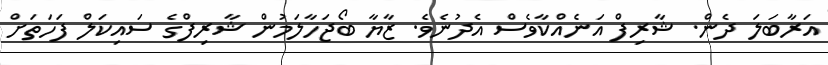
އަރާބަލަ ދެން. ޝާރިފް އަނެއްކާވެސް އެދުނެވެ. ޒާޔާ ބޯޖަހާލަމުން ޝާރިފްގެ ސައިކަލް ފަހަތަށް